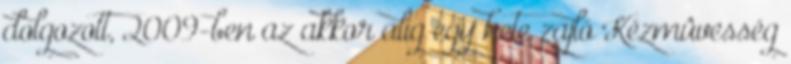
dolgozott, 2009-ben az akkor alig egy hete zajló Kézmûvesség